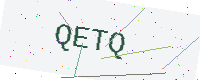
Text: QETQ